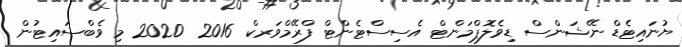
ޔުނައިޓެޑް ނޭޝަންސް ޑިވެލޮޕްމަންޓް އެސިސްޓެންޓް ފްރޭމްވަރކް 2016  2020 މި ވެބްސައިޓުން